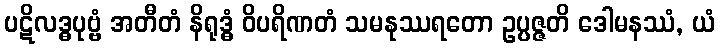
ပဋိလဒ္ဓပုဗ္ဗံ အတီတံ နိရုဒ္ဓံ ဝိပရိဏတံ သမနုဿရတော ဥပ္ပဇ္ဇတိ ဒေါမနဿံ, ယံ